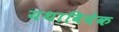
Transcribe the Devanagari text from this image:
यथाविवेक